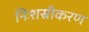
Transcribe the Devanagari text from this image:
निःशस्रीकरण